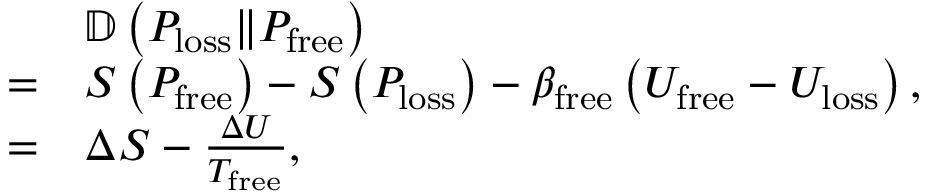
\begin{array} { r l } & { \mathbb { D } \left( P _ { \mathrm { l o s s } } \Vert P _ { \mathrm { f r e e } } \right) } \\ { = } & { S \left( P _ { \mathrm { f r e e } } \right) - S \left( P _ { \mathrm { l o s s } } \right) - \beta _ { \mathrm { f r e e } } \left( U _ { \mathrm { f r e e } } - U _ { \mathrm { l o s s } } \right) , } \\ { = } & { \Delta S - \frac { \Delta U } { T _ { \mathrm { f r e e } } } , } \end{array}